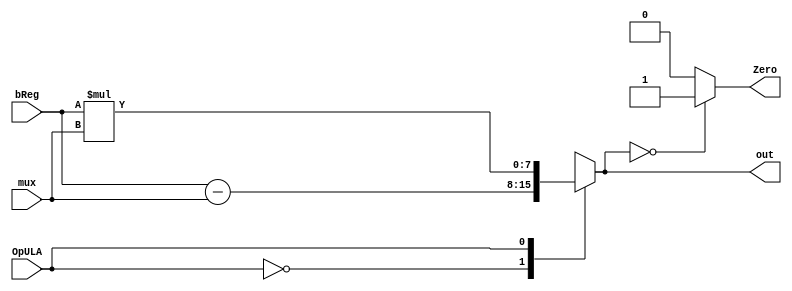
module ULA (
    input wire [7:0] bReg,
    input wire [7:0] mux,
    output wire Zero,
    output wire [7:0] out,
    input OpULA
    );
    
    reg [7:0] ula;
    reg zero;

    always@(bReg or mux or OpULA)begin
        case (OpULA)
        1'b0: ula = bReg - mux;
        1'b1: ula = bReg*mux;
        default: ula=8'b00000000;
        endcase
        if(ula == 8'b00000000) begin
            zero = 1;
        end else begin
            zero = 0;
        end
    end
  
    assign out = ula;
    assign Zero = zero;

endmodule